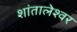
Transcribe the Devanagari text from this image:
शांतालेश्वर